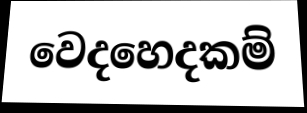
වෙදහෙදකම්